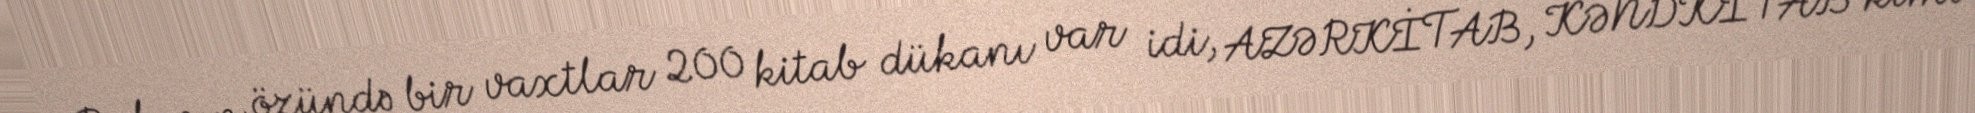
Bakının özündə bir vaxtlar 200 kitab dükanı var idi, AZƏRKİTAB, KƏNDKİTAB kimi